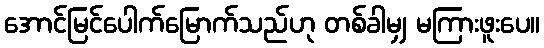
အောင်မြင်ပေါက်မြောက်သည်ဟု တစ်ခါမျှ မကြားဖူးပေ။